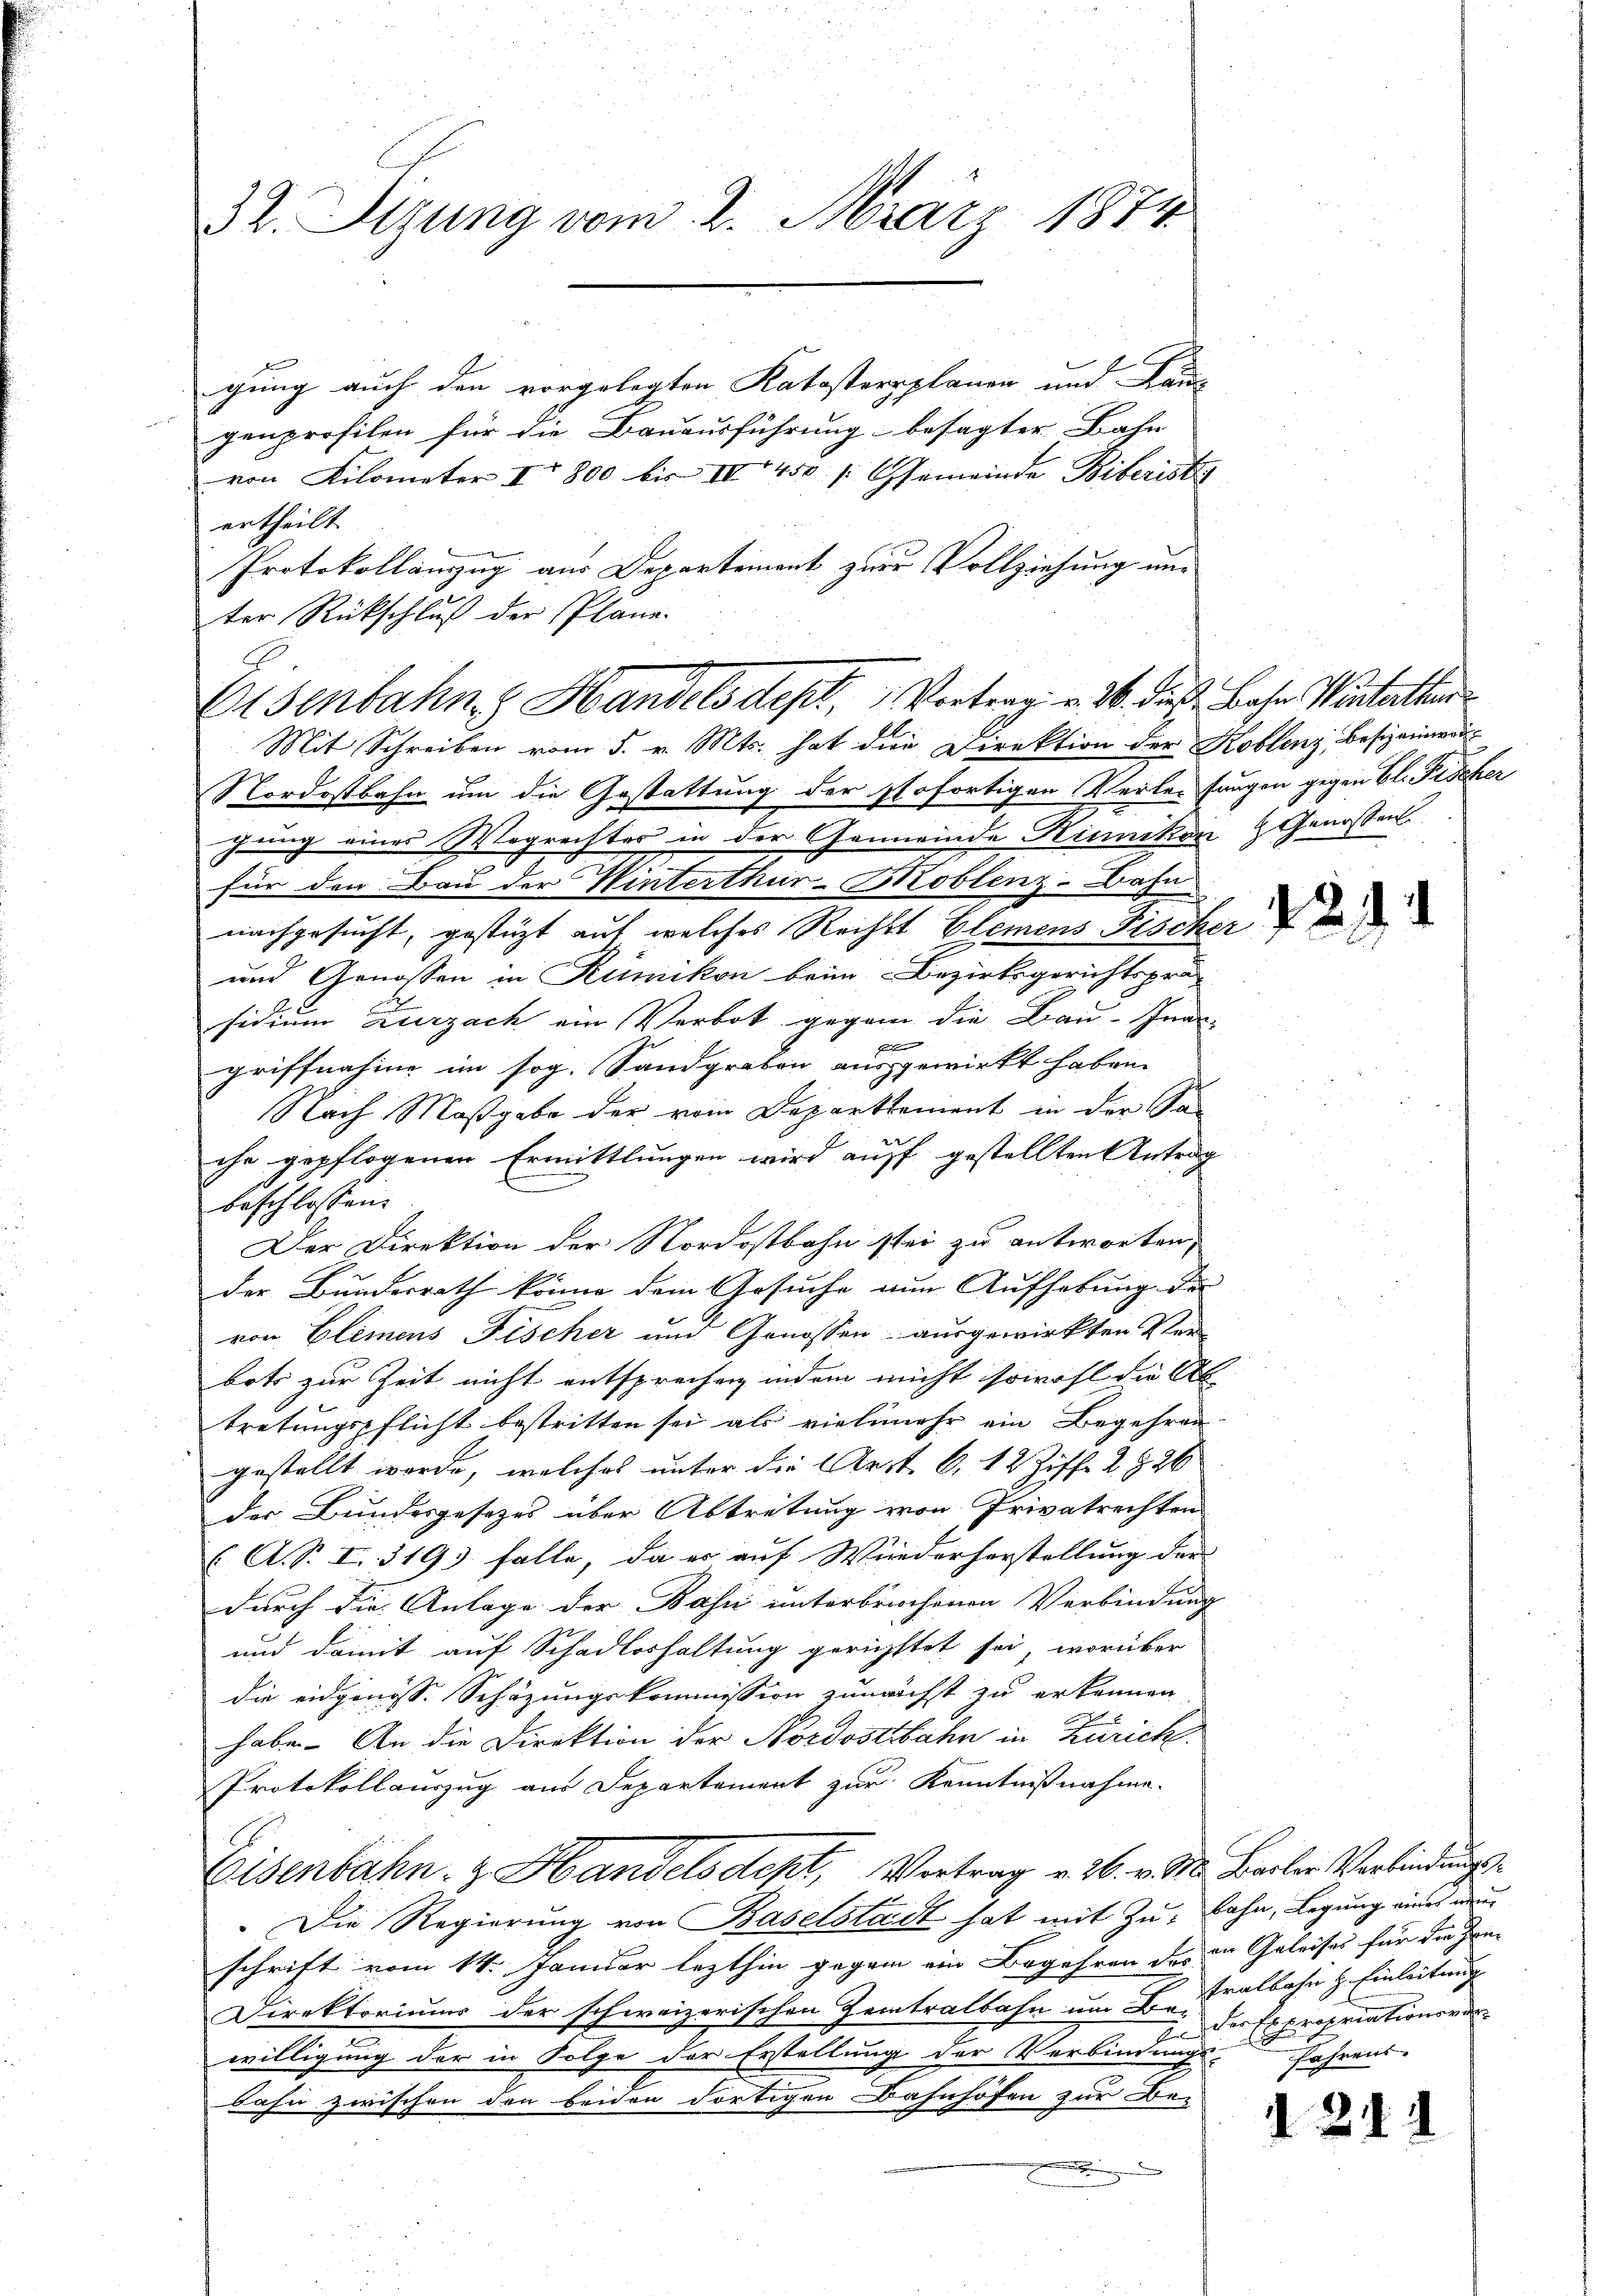
32. Sizung vom 2. März 1874.

gung auch den vorgelegten Katasterplanen und Lanz
genprofilen für die Bauausführung besagter Bahn
von Kilometer IV 800 bis IV 450 [Gemeinde Biberist
ertheilt.
Protokollanzug aus Departement zur Vollziehung und
ter Rückschluß der Plane.
Nordostbahn um die Gestattung der sofortigen Verleihungen gegen Bl. Fischer
gung eines Wegrechtes in der Gemeinde Hünikon Genossen
.
für den Bau der Winterthur-Mioblenz-Bahn
nachgesucht, gestützt auf welches Rechts Elemens Fischer
und Genossen in Rümikon beim Bezirksgerichtspräs
sidium Zurzach ein Verbot gegen die Bau-Inar-
griffnahme im sog. Sandgraben ausgewirkt haben.
Nach Maßgabe der vom Departement in der Sa
che gepflogenen Ermittlungen wird auff gestellten Antrag
beschlossen:
Der Direktion der Nordostbahn stei zu antworten,
der Bundesrath könne dem Gesuche nun Aufhebung der
von Elemens Fischer und Genossen ausgewirkten Ver
bots zur Zeit nicht entsprechen indem nicht sowohl die Ab
tretungspflicht bestritten sei als vielmehr ein Begehren
gestellt werde, welches unter die Arzt 6, 12 Ziff. 2826
der Bundesgesetzes über Abtretung von Privatrechten
(A. S. I. 319. falle, da er auf Wiederherstellung der
durch die Anlage der Bahn unterbriechenen Verbindung |
und damit auf Schadloshaltung gerichttet sei, worüber
die eidgenöss. Schäzungskommission zunächst zu erkennen
habe. An die Direktion der Nordostbahn in Zürich
Protokollauszug aus Departement zur Kenntnißnahme.
Eisenbahn. Handelsdept, Vertrag v. 26. v. M. Barter Verbindungs¬
Die Regierung von Baselstadt hat mit Zu- Bahn, Legung eines neue
schrift vom 14. Januar lezthin gegen ein Begehren des in Geleises für die Han¬
Direktoriums der schweizerischen Zeitralbahn um Fr. ralbahn z. Einleitung
willigung der in Folge der Erstellung der Verbindung
bahn zwischen den beiden dortigen Bahnhofen zur Be-
.

Eisenbahn, Handels dept, Vortrag v. M. die Bahn Winterthur
Mit Schreiben vom 5. v. Mts. hat die Direktion der Koblenz, besizeinwar

29.

I der Expropriationen der
Jahrens.

d. 211